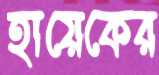
হায়েকের